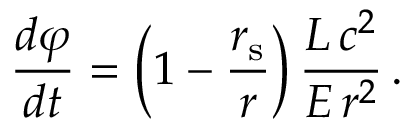
{ \frac { d \varphi } { d t } } = \left( 1 - { \frac { r _ { \mathrm { { s } } } } { r } } \right) { \frac { L \, c ^ { 2 } } { E \, r ^ { 2 } } } \, .